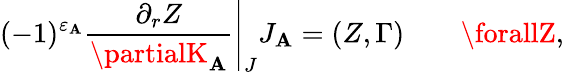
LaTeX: (-1)^{\varepsilon_{\mathbf{A}}}\left.{\frac{{\partial_{r}Z}}{{\partialK_{\mathbf{A}}}}}\right|_{J}J_{\mathbf{A}}=(Z,\Gamma)\quad\quad\forallZ,